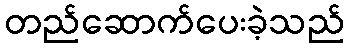
တည်ဆောက်ပေးခဲ့သည်